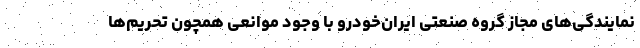
نمایندگی‌های مجاز گروه صنعتی ایران‌خودرو با وجود موانعی همچون تحریم‌ها